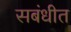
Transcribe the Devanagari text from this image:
सबंधीत